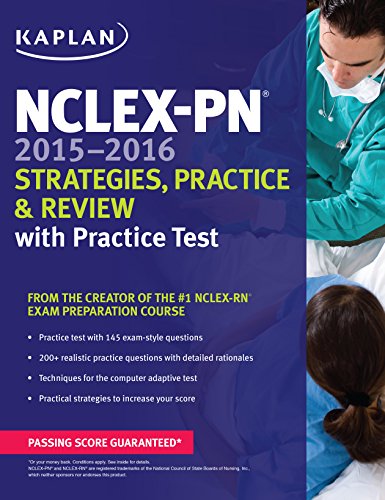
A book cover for NCLEX-PN 2015-2016 Strategies, Practice, and Review with Practice Test (Kaplan Nclex-Pn Exam); Kaplan; Test Preparation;